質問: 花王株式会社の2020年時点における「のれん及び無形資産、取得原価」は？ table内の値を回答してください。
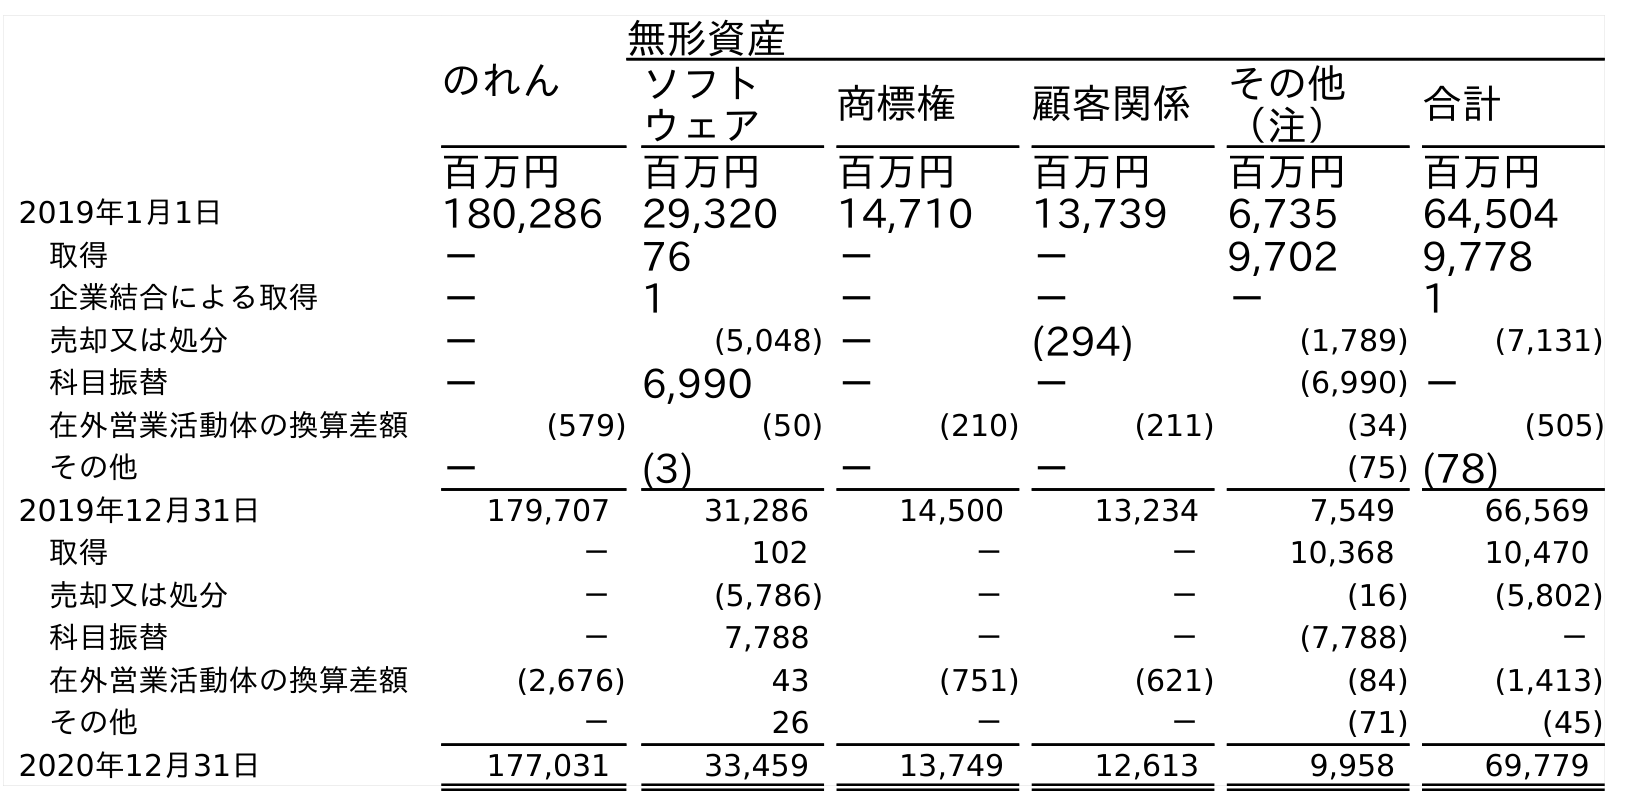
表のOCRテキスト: のれん 無形資産 ソフト ウェア 商標権 顧客関係 その他 （注） 合計 百万円 百万円 百万円 百万円 百万円 百万円 2019年1月1日 180,286 29,320 14,710 13,739 6,735 64,504 取得 － 76 － － 9,702 9,778 企業結合による取得 － 1 － － － 1 売却又は処分 － (5,048) － (294) (1,789) (7,131) 科目振替 － 6,990 － － (6,990) － 在外営業活動体の換算差額 (579) (50) (210) (211) (34) (505) その他 － (3) － － (75) (78) 2019年12月31日 179,707 31,286 14,500 13,234 7,549 66,569 取得 － 102 － － 10,368 10,470 売却又は処分 － (5,786) － － (16) (5,802) 科目振替 － 7,788 － － (7,788) － 在外営業活動体の換算差額 (2,676) 43 (751) (621) (84) (1,413) その他 － 26 － － (71) (45) 2020年12月31日 177,031 33,459 13,749 12,613 9,958 69,779
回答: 69,779